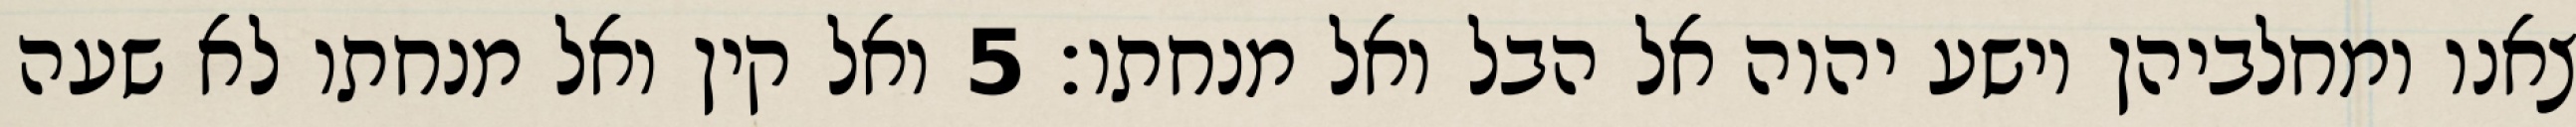
צאנו ומחלביהן וישע יהוה אל הבל ואל מנחתו׃ ‎5‏ ואל קין ואל מנחתו לא שעה